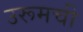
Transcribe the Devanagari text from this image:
उरूमची